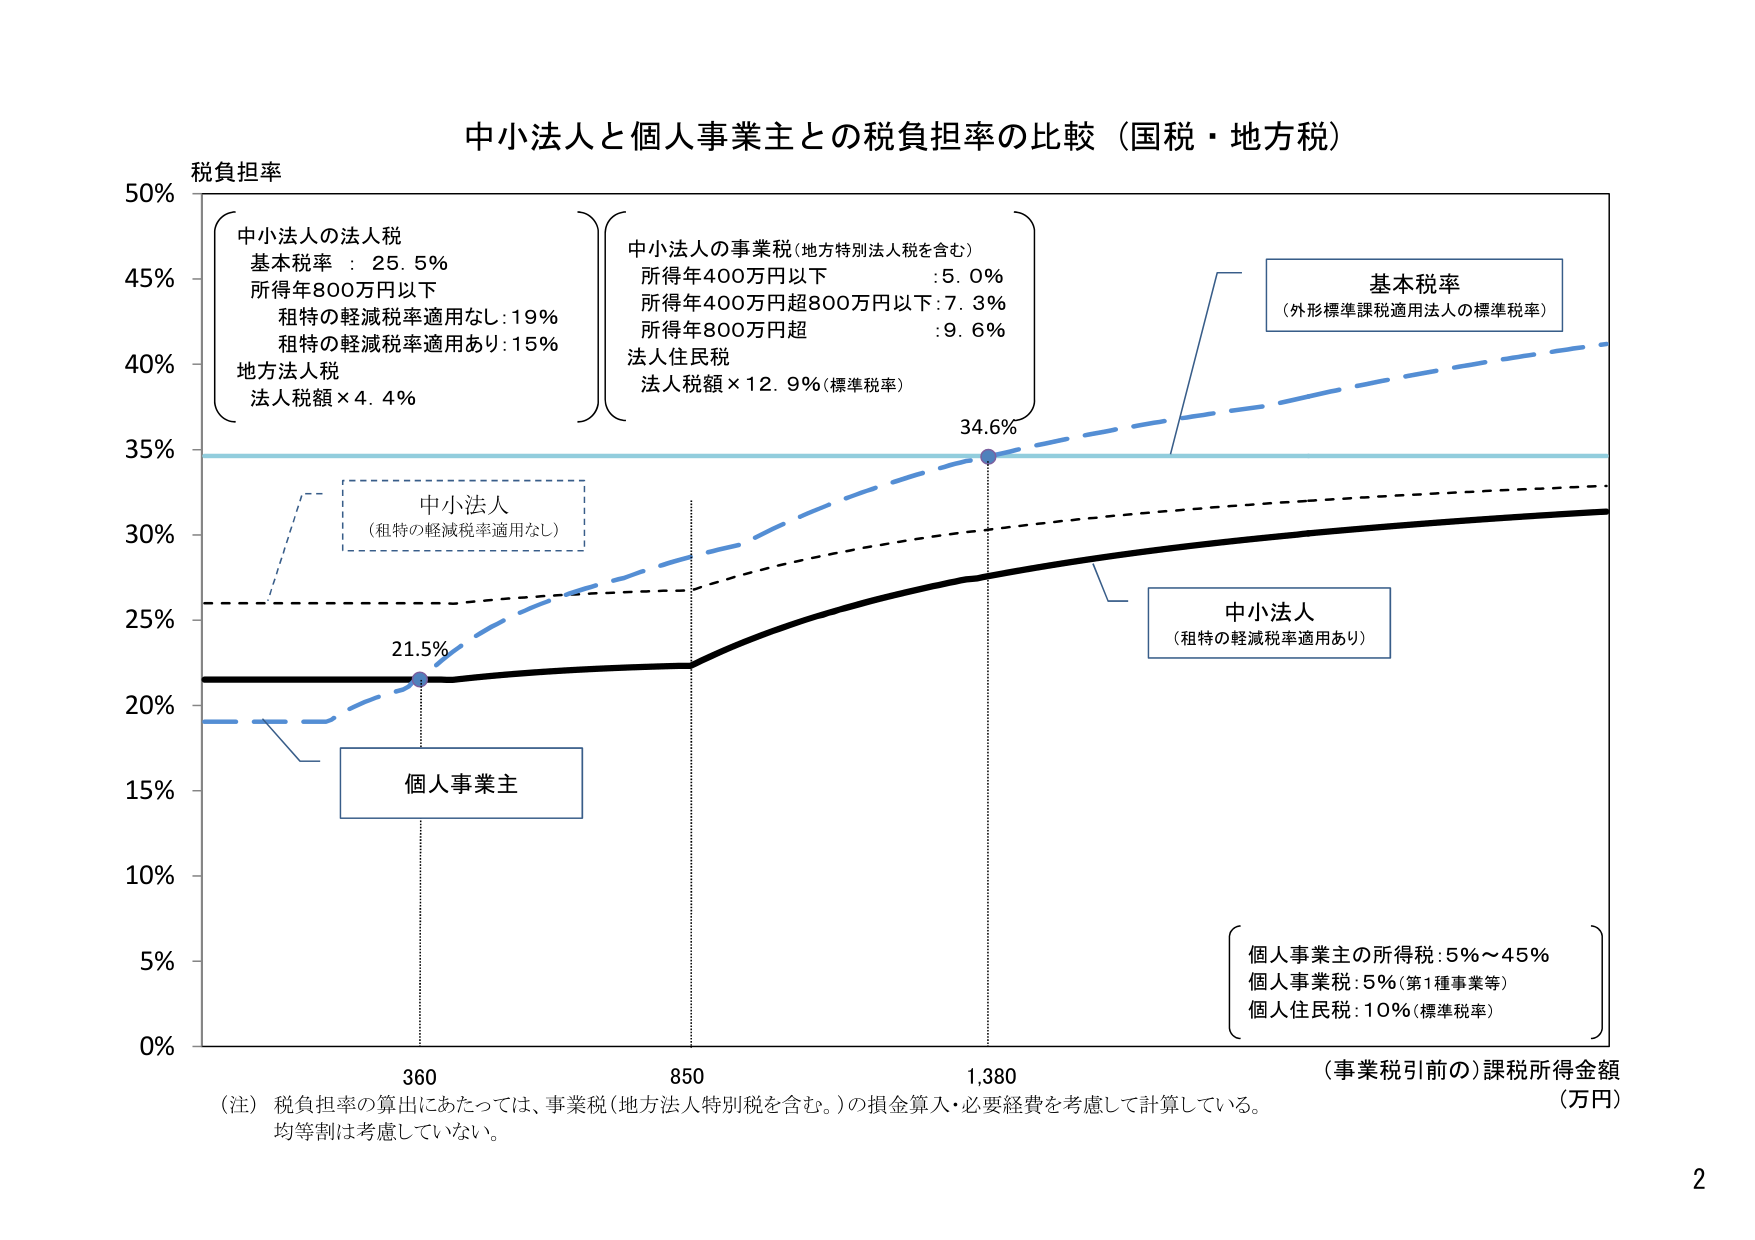
中小法人と個人事業主との税負担率の比較（国税・地方税）

税負担率

中小法人の法人税
基本税率：25.5%
所得年800万円以下
租特の軽減税率適用なし：19%
租特の軽減税率適用あり：15%
地方法人税
法人税額×4.4%

中小法人の事業税（地方特別法人税を含む）
所得年400万円以下：5.0%
所得年400万円超800万円以下：7.3%
所得年800万円超：9.6%
法人住民税
法人税額×12.9%（標準税率）

基本税率
（外形標準課税適用法人の標準税率）

中小法人
（租特の軽減税率適用なし）

21.5%

個人事業主

34.6%

中小法人
（租特の軽減税率適用あり）

個人事業主の所得税：5%～45%
個人事業税：5%（第1種事業等）
個人住民税：10%（標準税率）

（事業税引前の）課税所得金額
（万円）

360
850
1,380

（注）税負担率の算出にあたっては、事業税（地方法人特別税を含む。）の損金算入・必要経費を考慮して計算している。
均等割は考慮していない。

2